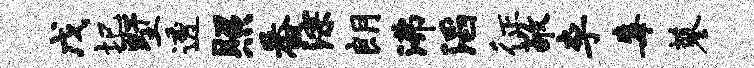
戊圮墅透照番淙朗沸滔征敬李毒蓼